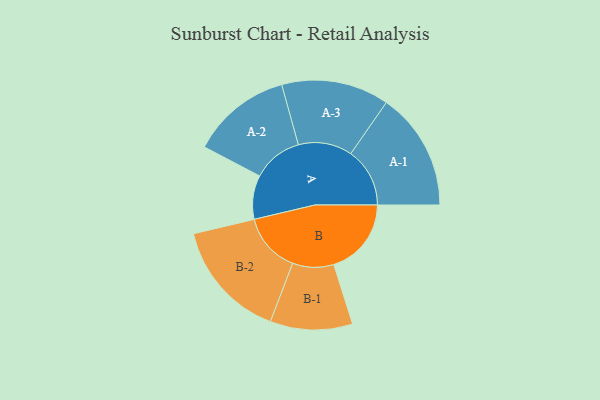
{"axis": {"x": "Segment", "y": "Value"}, "legend": ["", "A", "B"], "data": [{"x": "A", "y": 211, "type": ""}, {"x": "B", "y": 373, "type": ""}, {"x": "A-1", "y": 284, "type": "A"}, {"x": "A-2", "y": 241, "type": "A"}, {"x": "A-3", "y": 259, "type": "A"}, {"x": "B-1", "y": 198, "type": "B"}, {"x": "B-2", "y": 287, "type": "B"}]}